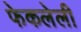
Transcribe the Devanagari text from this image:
फेकलेली